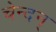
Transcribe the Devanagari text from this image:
चेन्दन्